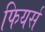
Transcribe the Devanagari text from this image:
फियर्स